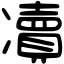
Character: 凟